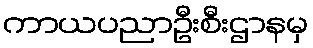
ကာယပညာဦးစီးဌာနမှ